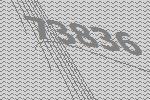
73836